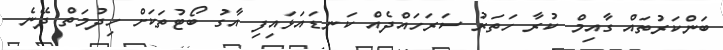
ބަންކަރުތައް ގާއިމް ކުރާ ހަތަރު ސަރަހައްދެއް ކަނޑައަޅައިފި އާގު ބޯޓުތަކަށް ހިދުމަތް ދޭނެ